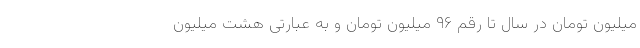
میلیون تومان در سال تا رقم ۹۶ میلیون تومان و به عبارتی هشت میلیون